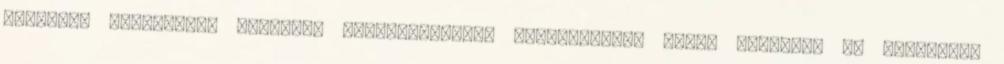
stílusos éneklésre. Szabadon felhasználható órakeretben: helyi népdalok és ünnepeink